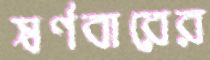
স্বর্ণবারের